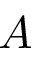
A